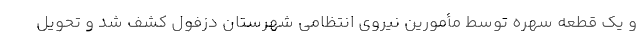
و یک قطعه سهره توسط مأمورین نیروی انتظامی شهرستان دزفول کشف شد و تحویل